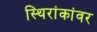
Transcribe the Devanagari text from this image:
स्थिरांकांवर